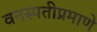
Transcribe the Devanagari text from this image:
वनस्पतीप्रमाणे